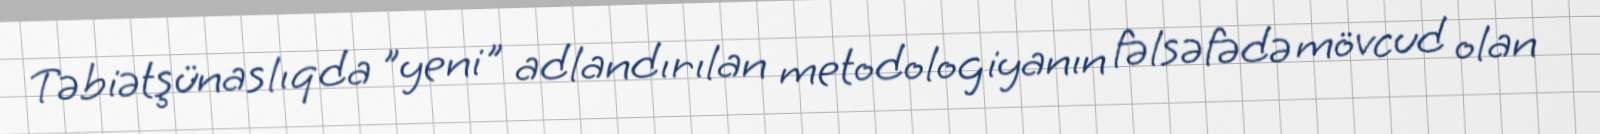
Təbiətşünaslıqda "yeni" adlandırılan metodologiyanın fəlsəfədə mövcud olan